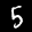
Label: 5